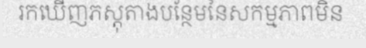
រកឃើញភស្តុតាងបន្ថែមនៃសកម្មភាពមិន